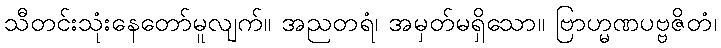
သီတင်းသုံးနေတော်မူလျက်။ အညတရံ၊ အမှတ်မရှိသော။ ဗြာဟ္မဏပဗ္ဗဇိတံ၊